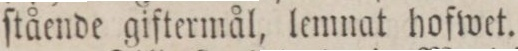
ſtående giftermål, lemnat hofwet.